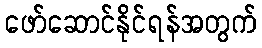
ဖော်ဆောင်နိုင်ရန်အတွက်